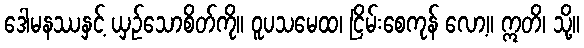
ဒေါမနဿနှင့် ယှဉ်သောစိတ်ကို။ ဝူပသမေထ၊ ငြိမ်းစေကုန် လော့။ ဣတိ၊ သို့။